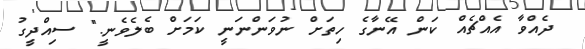
ދެއްވާ އެއްޗެއް ކަން އޭނާގެ ހިތަށް ނުވަންނަނީ ކަމަށް ބެލެވެނީ." ސިއްދީގު